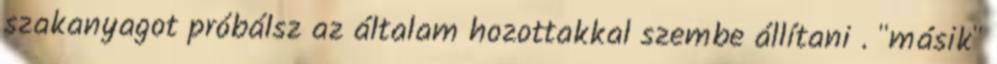
szakanyagot próbálsz az általam hozottakkal szembe állítani . "másik"